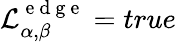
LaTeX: \mathcal{L}_{\alpha,\beta}^{\mathrm{~e~d~g~e~}}=true